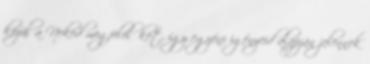
közül a Neked megfelelőket, így egyéni igényeid alapján jelennek